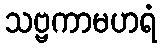
သဗ္ဗကာမဟရံ